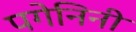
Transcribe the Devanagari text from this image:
पगेनिनी